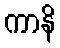
ကာနိ